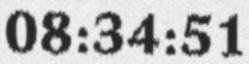
08:34:51